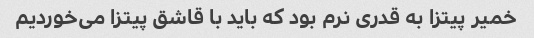
خمیر پیتزا به قدری نرم بود که باید با قاشق پیتزا می‌خوردیم